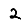
Digit: 2